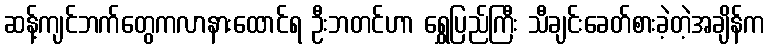
ဆန့်ကျင်ဘက်တွေကလာနားထောင်ရ ဦးဘတင်ဟာ ရွှေပြည်ကြီး သီချင်းခေတ်စားခဲ့တဲ့အချိန်က